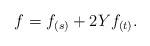
LaTeX: \begin{align*} f = f_{(s)} + 2 Y f_{(t)}.\end{align*}